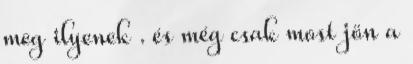
meg ilyenek . és még csak most jön a